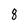
Character: 8